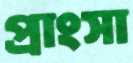
প্রাংসা